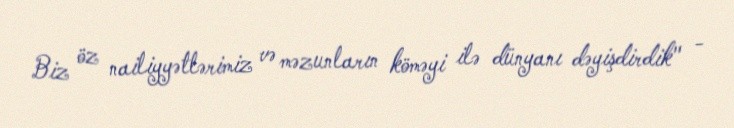
Biz öz nailiyyətlərimiz və məzunların köməyi ilə dünyanı dəyişdirdik" -